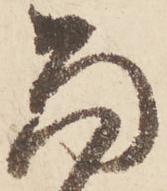
當